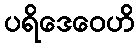
ပရိဒေဝေဟိ